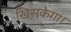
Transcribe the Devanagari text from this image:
खिसकेगा।